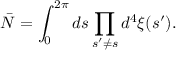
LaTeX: \bar { N } = \int _ { 0 } ^ { 2 \pi } d s \prod _ { s ^ { \prime } \neq s } d ^ { 4 } \xi ( s ^ { \prime } ) .